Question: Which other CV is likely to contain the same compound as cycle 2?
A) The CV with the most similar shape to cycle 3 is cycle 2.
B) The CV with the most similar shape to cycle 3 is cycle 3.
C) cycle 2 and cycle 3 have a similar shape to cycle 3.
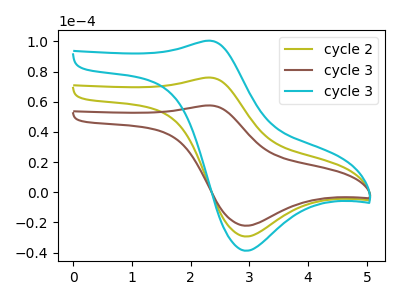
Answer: <think>The olive curve "cycle 2" has an anodic peak at (2.35V, 76.05uA) and a cathodic peak at (2.95V, -29.40uA). The brown curve "cycle 3" has an anodic peak at (2.35V, 57.55uA) and a cathodic peak at (2.95V, -22.25uA). The cyan curve "cycle 3" has an anodic peak at (2.35V, 152.10uA) and a cathodic peak at (2.95V, -58.80uA).
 All the peaks in "cycle 2" have a peak in "cycle 3" at the same potential. Every peak in "cycle 2" is higher than every peak in "cycle 3". All the peaks in "cycle 2" have a peak in "cycle 3" at the same potential. Every peak in "cycle 2" is lower than every peak in "cycle 3". All the peaks in "cycle 3" have a peak in "cycle 3" at the same potential. Every peak in "cycle 3" is lower than every peak in "cycle 3".</think>
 <answer>C) "cycle 2" and "cycle 3" have a similar shape to "cycle 3".</answer>
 <eval>C</eval>